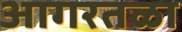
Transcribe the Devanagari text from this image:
आगरतळा